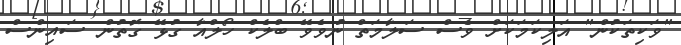
"ވަކިތަކުން" އަލިކަމަކަށް ވެސް ސަލާމަތް ނުވެވޭ ބްލެކް ހޯލްއާ ގުޅޭ ގޮތުން ސައިންސް